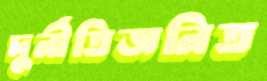
দুর্নীতিজনিত